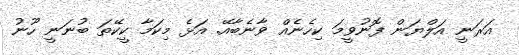
އަރަނީ އަލްޔަން ފޮނުވީމަ ކިހެނެއް ވާނެބާއޭ. އަޅެ މިކަމާ ކީކޭތަ ބުނަނީ ހޫނު